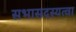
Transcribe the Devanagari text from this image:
सभासदस्यत्वा